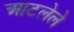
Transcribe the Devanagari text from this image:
आटलेले